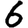
Digit: 6